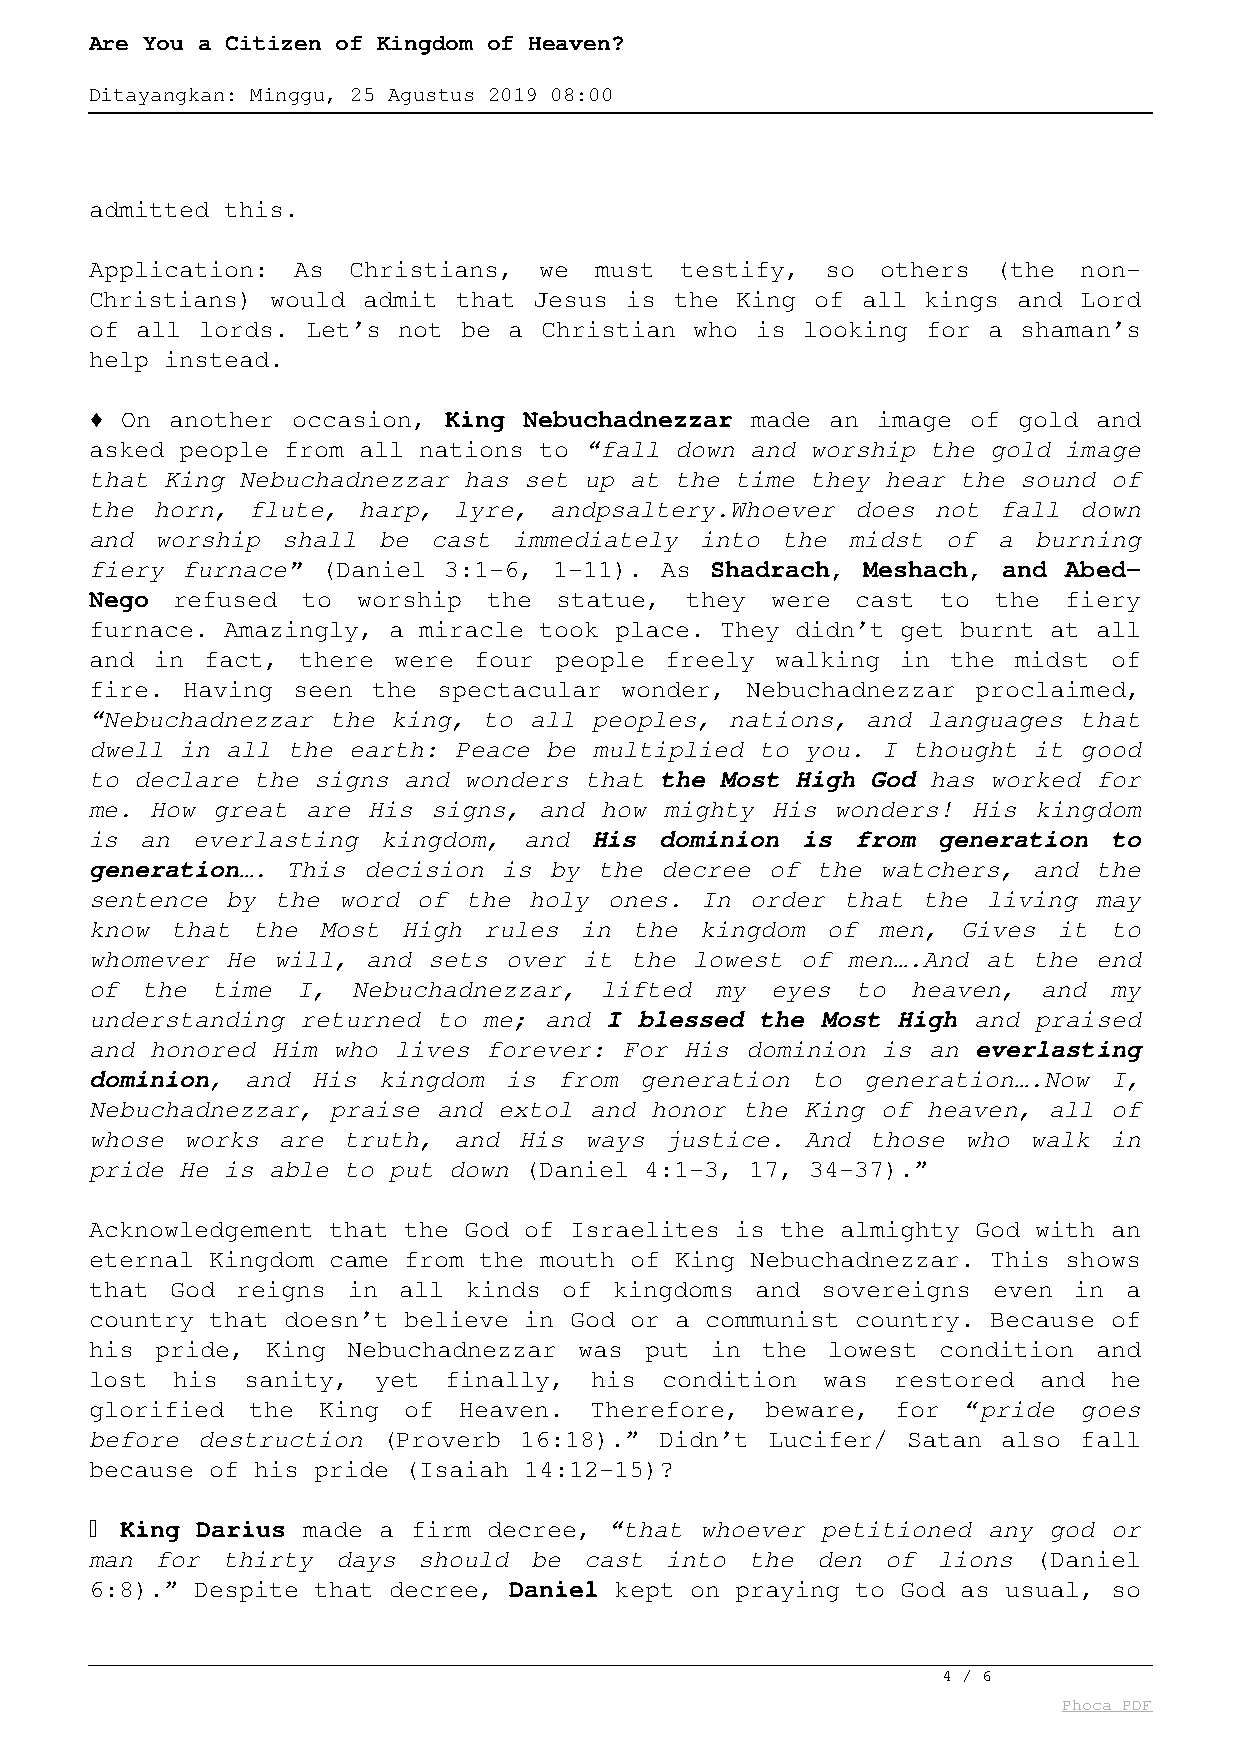
Are You a Citizen of Kingdom of Heaven?
 Ditayangkan: Minggu, 25 Agustus 2019 08:00
 admitted this.
 Application: As  Christians,  we must  testify,  so others  (the non-
 Christians) would admit that Jesus is  the King of all kings and Lord
 of all lords. Let’s not be  a Christian who is looking for a  shaman’s
 help instead.
 ♦ On another occasion, King  Nebuchadnezzar made an image of gold and
 asked people from all nations to “fall down and worship the gold image
 that King Nebuchadnezzar has set up at the time they hear the sound of
 the horn, flute,  harp, lyre, andpsaltery.Whoever  does not fall down
 and worship  shall be  cast immediately into  the midst  of a  burning
 fiery furnace” (Daniel 3:1-6,  1-11). As Shadrach, Meshach, and Abed-
 Nego refused  to  worship the  statue, they  were  cast to  the fiery
 furnace. Amazingly, a miracle took place. They didn’t get burnt at all
 and in fact,  there were four  people freely walking  in the midst of
 fire. Having seen  the spectacular wonder, Nebuchadnezzar  proclaimed,
 “Nebuchadnezzar the king, to all peoples, nations, and languages that
 dwell in all the earth: Peace be multiplied to you. I thought it good
 to declare the signs and wonders that the Most High God has worked for
 me. How great are His  signs, and how mighty His wonders! His  kingdom
 is an  everlasting kingdom,  and His  dominion is  from generation to
 generation…. This decision is by  the decree of the watchers, and the
 sentence by the word  of the holy ones. In  order that the living may
 know that  the Most  High rules in  the kingdom  of men,  Gives it to
 whomever He will, and sets over  it the lowest of men….And at the end
 of the  time  I, Nebuchadnezzar,  lifted my  eyes  to heaven,  and my
 understanding returned to me; and I blessed the Most High and  praised
 and honored Him who lives forever: For His dominion is an  everlasting
 dominion, and  His kingdom is  from generation  to generation….Now I,
 Nebuchadnezzar, praise and extol and honor the King of heaven, all of
 whose works are  truth, and His  ways justice. And  those who walk in
 pride He is able to put down (Daniel 4:1-3, 17, 34-37).”
 Acknowledgement that the God of Israelites is the almighty God with an
 eternal Kingdom came from the mouth of King Nebuchadnezzar. This shows
 that God  reigns in all  kinds of  kingdoms and sovereigns  even in a
 country that doesn’t believe in God or a communist country. Because of
 his pride,  King Nebuchadnezzar was  put in the  lowest condition and
 lost  his sanity,  yet  finally, his  condition was  restored  and he
 glorified the  King  of Heaven.  Therefore,  beware, for  “pride goes
 before destruction (Proverb 16:18).”  Didn’t Lucifer/ Satan also fall
 because of his pride (Isaiah 14:12-15)?
 ♦ King Darius made a firm decree, “that whoever petitioned any god or
 man for  thirty days  should be  cast into  the den  of lions  (Daniel
 6:8).” Despite that decree, Daniel kept on praying to God as usual, so
 4 / 6
 Phoca PDF